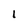
Character: l